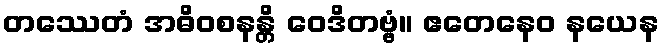
တဿေတံ အဓိဝစနန္တိ ဝေဒိတဗ္ဗံ။ ဧတေနေဝ နယေန